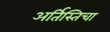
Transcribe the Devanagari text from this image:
अर्तिस्तिचा